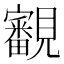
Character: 覾